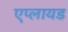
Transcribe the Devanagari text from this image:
एप्लायड